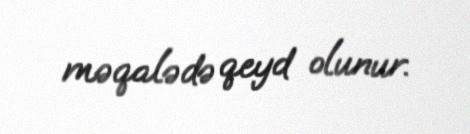
məqalədə qeyd olunur.